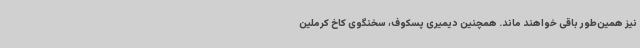
نیز همین‌طور باقی خواهند ماند. همچنین دیمیری پسکوف، سخنگوی کاخ کرملین